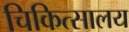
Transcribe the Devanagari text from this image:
चिकित्‍सालय